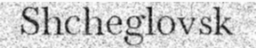
Shcheglovsk